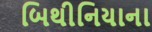
બિથીનિયાના